Report on the lunatic asylums under the Government of Bombay - 1904-1913
Year: 1904
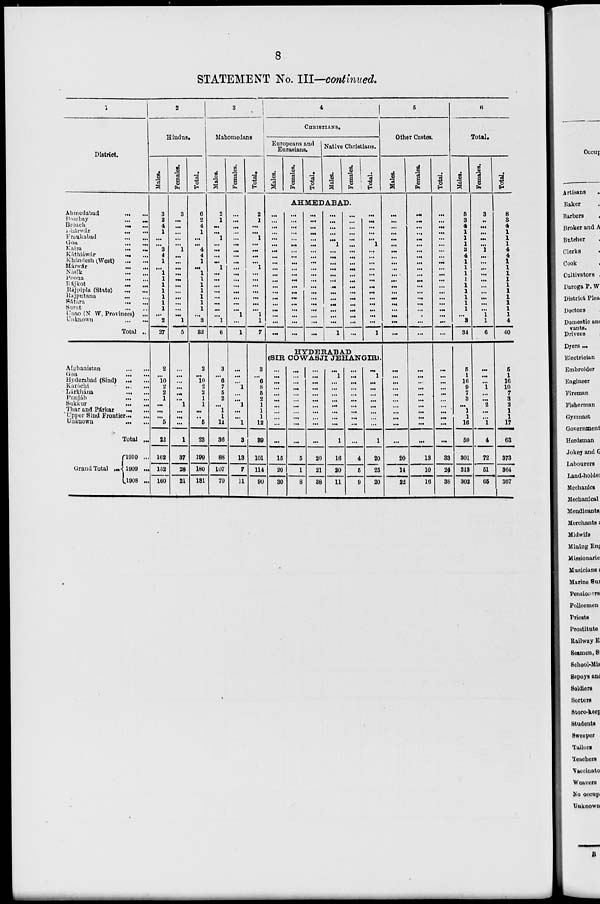
8
STATEMENT No. III—continued.
1
District.
Ahmedabad
...
...
Bombay
...
...
Broach
...
...
Dhárwár
...
...
Fraukabad
...
...
Goa
...
...
Kaira
...
...
Káthiáwár
...
...
Khándesh (West)
...
...
Márwár
...
...
Násik ... ...
Poona
...
...
Rájkot ... ...
Rajpipla (State)
...
...
Rajputana ... ...
Sátára
...
...
Surat
...
...
Unao (N W. Provinces) ...
Unknown
...
...
Total ...
Afghanistan
...
...
Goa ... ...
Hyderabad (Sind)
...
...
Karachi
...
...
Lárkhána
...
...
Punjáb
...
...
Sukkur
...
...
Thar and Párkar
...
...
Upper Sind Frontier ... ...
Unknown
...
...
Total ...
Grand Total
1910 ...
1909 ...
1908 ...
2
Hindus.
Males.
3
2
4
1
...
...
3
4
1
...
1
1
1
1
1
1
1
...
2
27
2
...
10
2
2
1
...
...
...
5
22
162
152
160
Females.
3
...
...
...
...
...
1
...
...
...
...
...
...
...
...
...
...
...
1
5
...
...
...
...
...
...
1
...
...
...
1
37
28
21
Total.
6
2
4
1
...
...
4
4
1
...
1
1
1
1
1
1
1
...
3
32
2
...
10
2
2
1
1
...
...
5
23
199
180
181
3
Mahomedans
Males.
2
1
...
...
1
...
...
...
...
1
...
...
...
...
...
...
...
...
1
6
3
...
6
7
5
2
...
1
1
11
36
88
107
79
Females.
...
...
...
...
...
...
...
...
...
...
...
...
...
...
...
...
...
1
...
1
...
...
...
1
...
...
1
...
...
1
3
13
7
11
Total.
2
1
...
...
1
...
...
...
...
1
...
...
...
...
...
...
...
1
1
7
3
...
6
8
5
2
1
1
1
12
39
101
114
90
4
CHRISTIANS.
Europeans and
Eurasians.
Males.
Females.
Total.
Native Christians.
Males.
Females.
Total.
AHMEDABAD.
...
...
...
...
...
...
...
...
... ...
...
...
...
...
...
...
...
...
...
...
...
...
...
...
...
...
...
...
...
...
...
...
...
...
...
...
...
...
...
...
...
...
...
...
...
...
...
...
...
...
...
...
...
...
...
...
...
...
...
...
...
...
...
...
...
1
...
...
...
...
...
...
...
...
...
...
...
...
...
1
...
...
...
...
...
...
...
...
...
...
...
...
...
...
...
...
...
...
...
...
...
...
...
...
...
1
...
...
...
...
...
...
...
...
...
...
...
...
...
1
HYDERABAD
(SIR COWASJI JEHANGIR).
...
...
...
...
...
...
...
...
...
...
...
15
20
30
...
...
...
...
...
...
...
...
...
...
...
5
1
8
...
...
...
...
...
...
...
...
...
...
...
20
21
38
...
1
...
...
...
...
...
...
...
...
1
16
20
11
...
...
...
...
...
...
...
...
...
...
...
4
5
9
...
1
...
...
...
...
...
...
...
...
1
20
25
20
5
Other Castes.
Males.
...
...
...
...
...
...
...
...
...
...
...
...
...
...
...
...
...
...
...
...
...
...
...
...
...
...
...
...
...
...
...
20
14
22
Females.
...
...
...
...
...
...
...
...
...
...
...
...
...
...
... ...
...
...
...
...
...
...
...
...
...
...
...
...
...
...
..
13
10
16
Total.
...
...
...
...
...
...
...
...
...
...
...
...
...
...
...
...
...
...
...
...
...
...
...
...
...
...
...
...
...
...
...
33
24
38
6
Total.
Males.
5
3
4
1
1
1
3
4
1
1
1
1
1
1
1
1
1
...
3
34
5
1
16
9
7
3
...
1
1
16
59
301
313
302
Females.
3
...
...
...
...
...
1
...
...
...
...
...
...
...
...
...
...
1
1
6
...
...
...
1
...
...
2
...
...
1
4
72
51
65
Total.
8
3
4
1
1
1
4
4
1 1
1
1
1
1
1
1
1
1
4
40
5
1
16
10
7
3
2
1
1
17
63
373
364
367